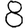
Digit: 8